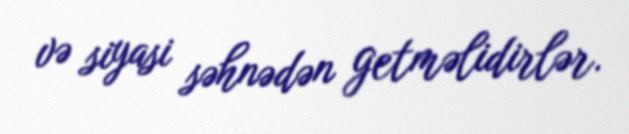
və siyasi səhnədən getməlidirlər.